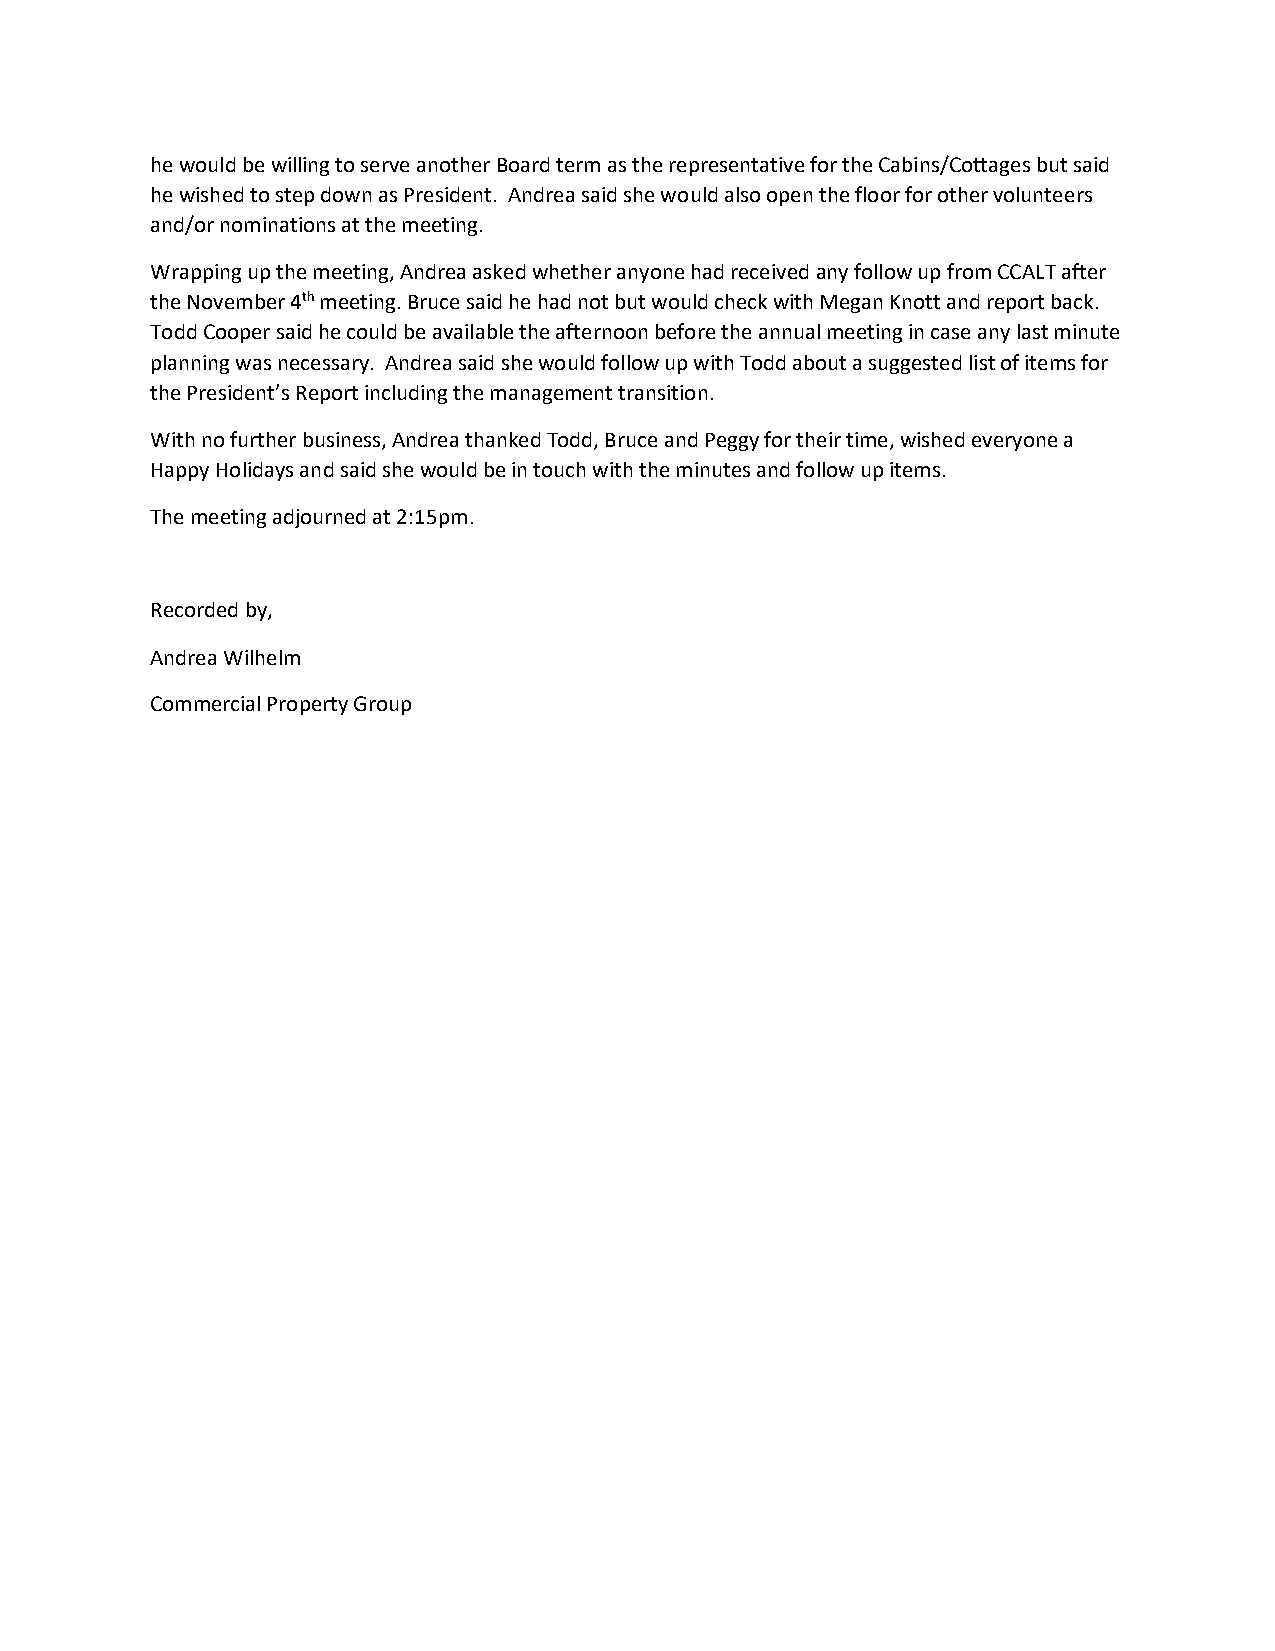
he would be willing to serve another Board term as the representative for the Cabins/Cottages but said
 he wished to step down as President. Andrea said she would also open the floor for other volunteers
 and/or nominations at the meeting.
 Wrapping up the meeting, Andrea asked whether anyone had received any follow up from CCALT after
 the November 4th meeting. Bruce said he had not but would check with Megan Knott and report back.
 Todd Cooper said he could be available the afternoon before the annual meeting in case any last minute
 planning was necessary. Andrea said she would follow up with Todd about a suggested list of items for
 the President’s Report including the management transition.
 With no further business, Andrea thanked Todd, Bruce and Peggy for their time, wished everyone a
 Happy Holidays and said she would be in touch with the minutes and follow up items.
 The meeting adjourned at 2:15pm.
 Recorded by,
 Andrea Wilhelm
 Commercial Property Group